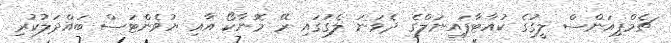
ޗެމްޕިއަންސް ލީގުގެ ކުއާޓާފައިނަލްގެ ދެވަނަ ލެގުގައި ރޭ މޮނާކޯ އާއި ޔުވެންޓަސް ބައްދަލުކުރި